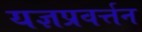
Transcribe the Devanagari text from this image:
यज्ञप्रवर्त्तन